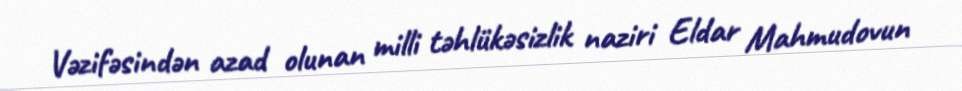
Vəzifəsindən azad olunan milli təhlükəsizlik naziri Eldar Mahmudovun